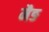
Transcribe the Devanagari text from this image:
मैङ